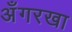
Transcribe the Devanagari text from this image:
अँगरखा